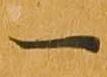
一